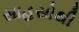
સાહસોથી